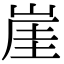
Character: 崖